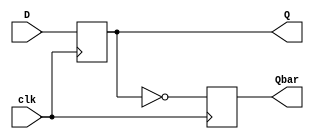
`timescale 1ns / 1ps
//////////////////////////////////////////////////////////////////////////////////
// Company: 
// Engineer: 
// 
// Design Name: 
// Module Name: D
// Project Name: 
// Target Devices: 
// Tool Versions: 
// Description: 
// 
// Dependencies: 
// 
// Revision:
// Revision 0.01 - File Created
// Additional Comments:
// 
//////////////////////////////////////////////////////////////////////////////////


module D(
    input D,clk,
    output reg Q,Qbar
    );
    
    always @(posedge clk)
    begin
        Q <= D;
        Qbar <= ~Q;
    end
endmodule